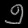
Digit: ၅